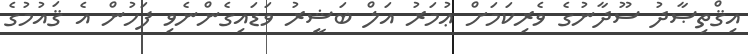
އިޤްތިޞާދު ސޫދާނުގެ ވެރިކަމަށް ޢުމަރު އަލް ބަޝީރު ވަޑައިގެންނެވި ފަހުން އެ ޤައުމުގެ